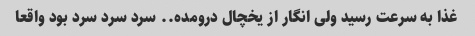
غذا به سرعت رسید ولی انگار از یخچال درومده.. سرد سرد سرد بود واقعا